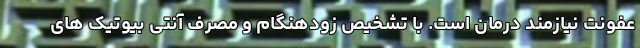
عفونت نیازمند درمان است. با تشخیص زودهنگام و مصرف آنتی بیوتیک های